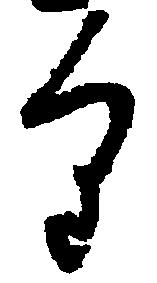
り